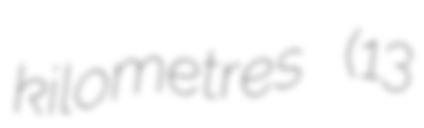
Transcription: kilometres (13